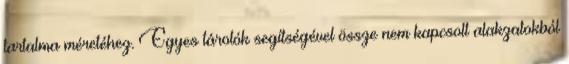
tartalma méretéhez. Egyes tárolók segítségével össze nem kapcsolt alakzatokból